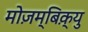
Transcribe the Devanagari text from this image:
मोज़म्बिक़्यु